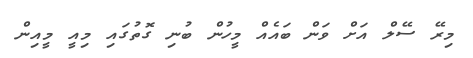
މިރޭ ސޭލް އަށް ވަން ބައެއް މީހުން ބުނި ގޮތުގައި މިއީ މީއިން